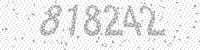
Solution: 818242